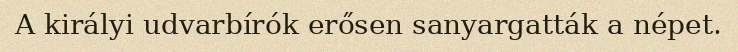
A királyi udvarbírók erősen sanyargatták a népet.